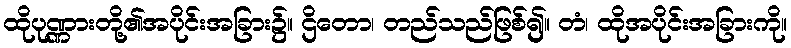
ထိုပုဏ္ဏားတို့၏အပိုင်းအခြား၌။ ဌိတော၊ တည်သည်ဖြစ်၍။ တံ၊ ထိုအပိုင်းအခြားကို။